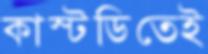
কাস্টডিতেই